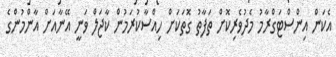
އެކަން އިންސްޓަގްރާމު މެދުވެރިކޮށް ތަފާތު ގޮތަކަށް ހިއްސާކުރަމުން ކާޖަލް ވަނީ އޭނާއަށް އާންމުންގެ